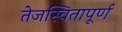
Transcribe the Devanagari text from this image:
तेजस्वितापूर्ण